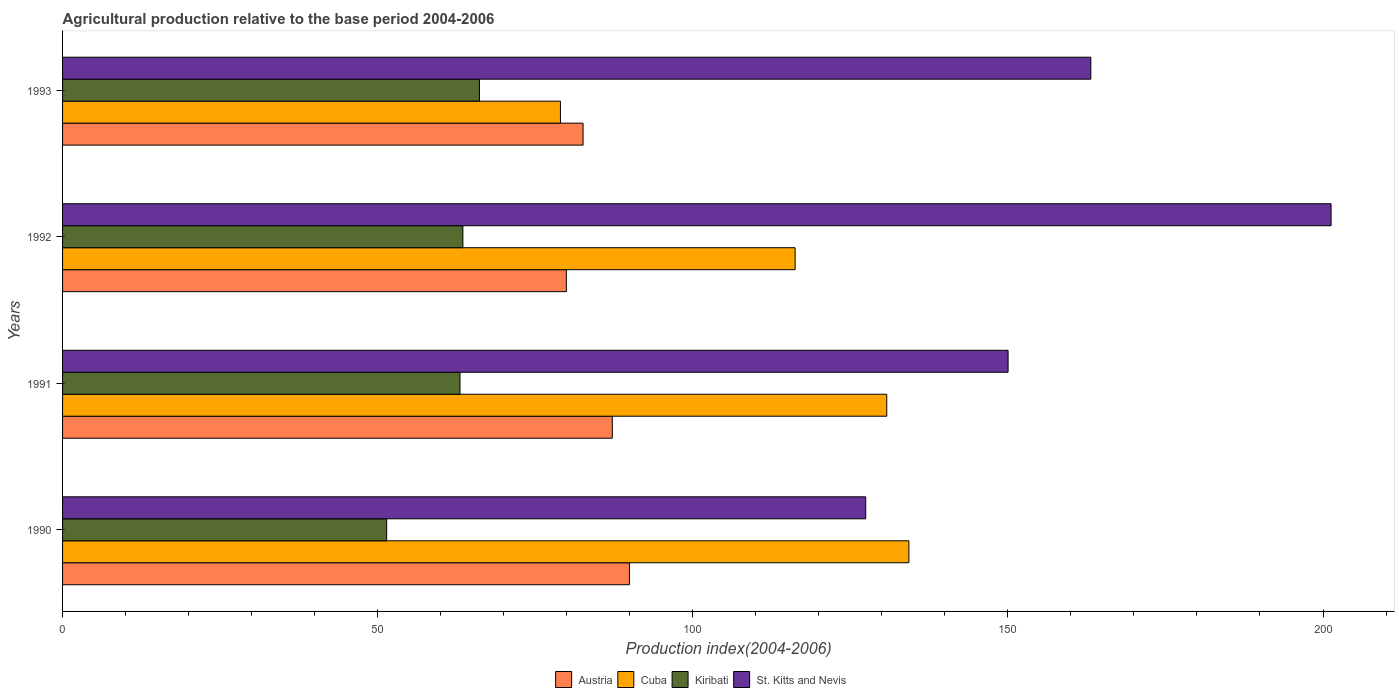
| Years | Austria | Cuba | Kiribati | St. Kitts and Nevis |
 | --- | --- | --- | --- | --- |
 | 1990 | 90 | 134 | 51.4 | 127 |
 | 1991 | 87.2 | 131 | 63.1 | 150 |
 | 1992 | 79.9 | 116 | 63.5 | 201 |
 | 1993 | 82.6 | 79 | 66.2 | 163 |